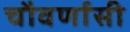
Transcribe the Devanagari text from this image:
चौवर्णासी